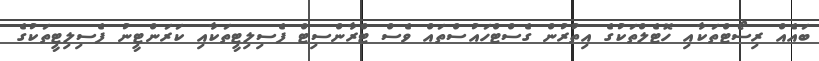
ބައެއް ރިސޯޓްތަކާއި ހޮޓެލްތަކުގެ އިތުރުން ގެސްޓްހައުސްތައް ވެސް ޓްރާންސިޓް ފެސިލިޓީތަކާއި ކަރަންޓީނު ފެސިލިޓީތަކުގެ